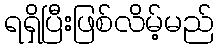
ရရှိပြီးဖြစ်လိမ့်မည်